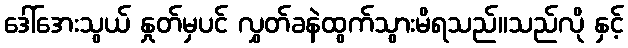
ဒေါ်အေးသွယ် နှုတ်မှပင် လွှတ်ခနဲထွက်သွားမိရသည်။သည်လို နှင့်